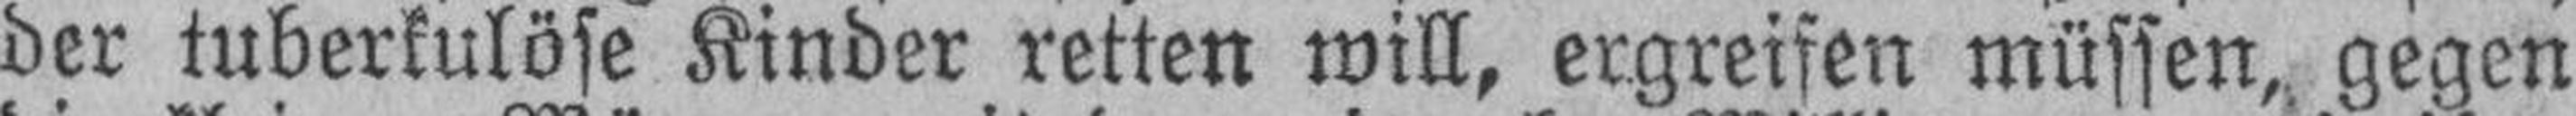
der tuberkulöse Kinder retten will, ergreifen müssen, gegen